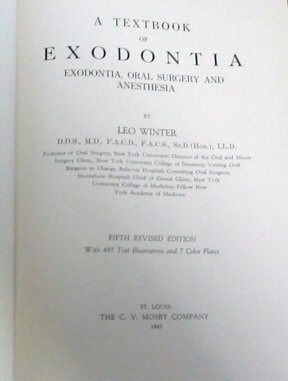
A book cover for A textbook of exodontia: Exodontia, oral surgery and anesthesia; Leo Winter; Medical Books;